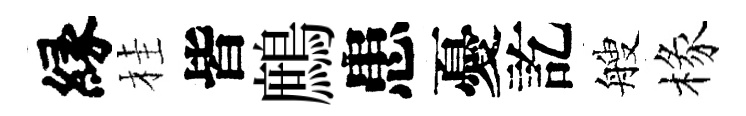
縁桂皆鷓患憂訖艘椽